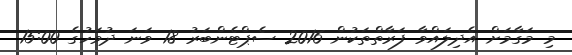
މި މަގާމަށް އެދިލައްވާ ފަރާތްތަކުން 2016 ސެޕްޓެންބަރު 18 ވަނަ ދުވަހުގެ 15:00